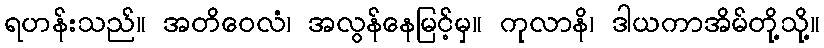
ရဟန်းသည်။ အတိဝေလံ၊ အလွန်နေမြင့်မှ။ ကုလာနိ၊ ဒါယကာအိမ်တို့သို့။